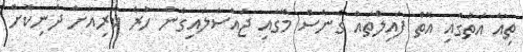
ތިއާ އަތުގައި އޮތް ފައިލްތައް ގެނެސް މޭގައި ޖައްސާލައިގެން ހުރެ ކުރިއަށް ދަނިކޮށް